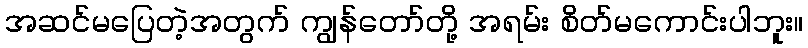
အဆင်မပြေတဲ့အတွက် ကျွန်တော်တို့ အရမ်း စိတ်မကောင်းပါဘူး။